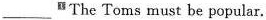
___ The Toms must be popular.